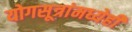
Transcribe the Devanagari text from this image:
योगसूत्रांमध्येही